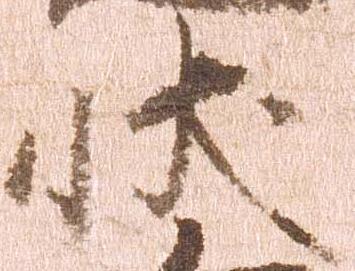
状